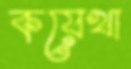
কয়েখা